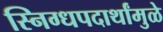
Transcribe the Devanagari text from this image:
स्निग्धपदार्थांमुळे